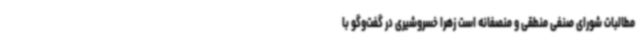
مطالبات شورای صنفی منطقی و منصفانه است زهرا خسروشیری در گفت‌وگو با